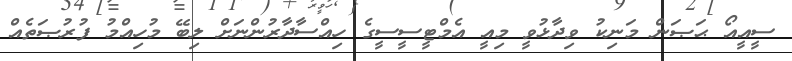
ސީއީއޯ ޙަޞަން މަނިކު ވިދާޅުވީ މިއީ އެމްޓީސީސީގެ ހިއްސާދާރުންނަށް ލިބޭ މުހިއްމު ފުރުޞަތެއް